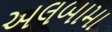
અલબામા